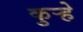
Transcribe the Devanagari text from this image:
कुर्‍हे